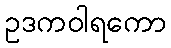
ဥဒကဝါရကော